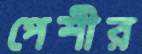
পেশীর